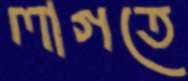
লাগতে